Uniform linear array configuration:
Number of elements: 4
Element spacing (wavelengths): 0.75
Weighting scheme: hann
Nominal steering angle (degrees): -15
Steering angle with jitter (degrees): -16.196
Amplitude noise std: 0.05
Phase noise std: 0.05

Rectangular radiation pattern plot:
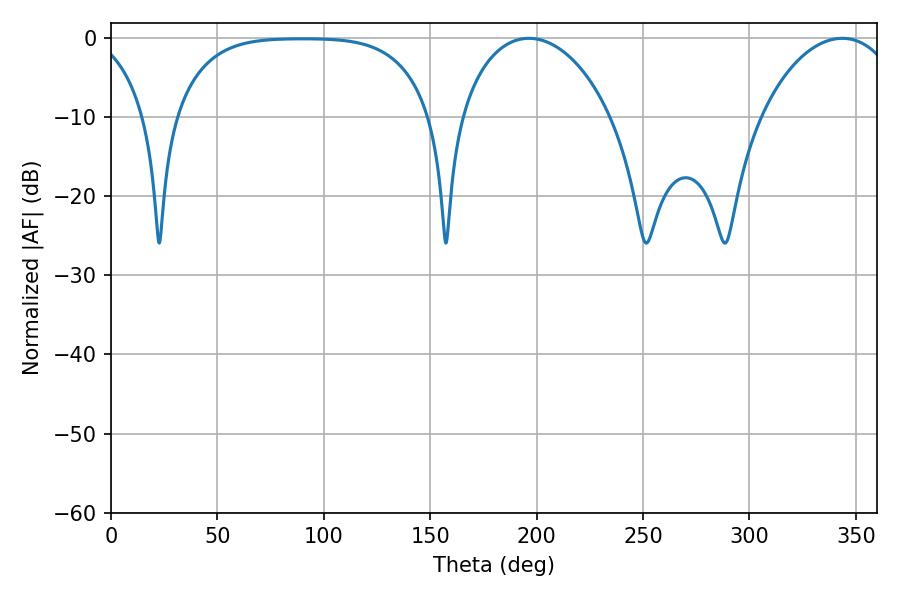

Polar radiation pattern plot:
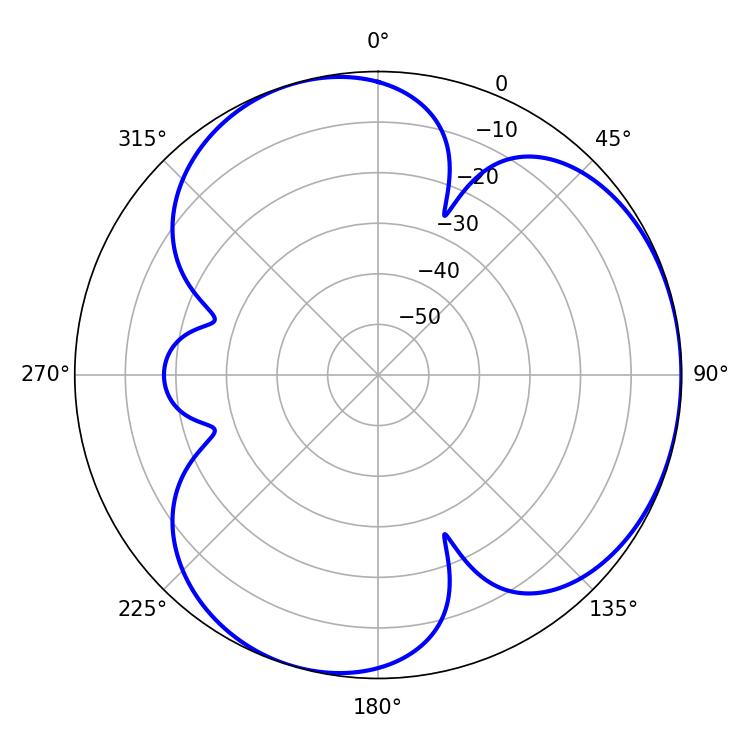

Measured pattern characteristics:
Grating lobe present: TRUE
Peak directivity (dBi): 3.682
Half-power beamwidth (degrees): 40.86
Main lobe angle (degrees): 196.38